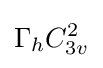
\Gamma _{h}C_{3v}^{2}